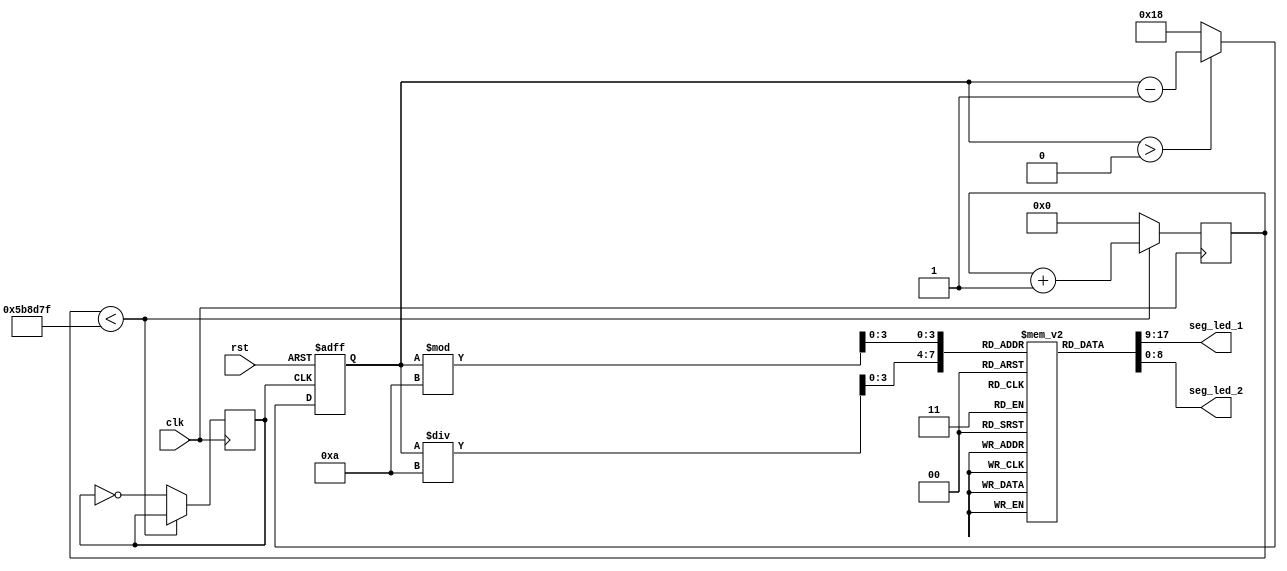
module counter_24(clk, rst, seg_led_1,seg_led_2);

input clk, rst;

output [8:0] seg_led_1, seg_led_2;

reg [28:0] cnt1=0;
reg [4:0] stime = 5'd24;
reg [3:0] data1=4'b0010;
reg [3:0] data2=4'b0100;

reg clk_1hz=0;

always@(posedge clk)
	begin
		if(cnt1<5999999)
			cnt1<=cnt1+1'b1;
		else
		begin
			cnt1<=0;
			clk_1hz<=!clk_1hz;
		end
	end
	
	
always@(posedge clk_1hz or negedge rst)
	begin 
		if(!rst)
			stime<=5'd24;
		else if(stime>0)
			stime<=stime-1;
		else
			stime<=5'd24;
	end
	
	
   reg [8:0] seg [15:0];                                            //reg16*9169
 
       initial                                                         //regVerilogalwaysinitial
                                                                        //initialalways
	    begin
         seg[0] = 9'h3f;                                           //9'b00_0011_1111,DP70
	      seg[1] = 9'h06;                                           //7  1
	      seg[2] = 9'h5b;                                           //7  2
	      seg[3] = 9'h4f;                                           //7  3
	      seg[4] = 9'h66;                                           //7  4
	      seg[5] = 9'h6d;                                           //7  5
	      seg[6] = 9'h7d;                                           //7  6
	      seg[7] = 9'h07;                                           //7  7
	      seg[8] = 9'h7f;                                           //7  8
	      seg[9] = 9'h6f;                                           //7  9
			seg[10] = 9'h77;                                          //7  a	
			seg[11] = 9'h7c;                                          //7  b
			seg[12] = 9'h39;                                          //7  c
			seg[13] = 9'h5e;                                          //7  d
			seg[14] = 9'h79;                                          //7  e
			seg[15] = 9'h71;                                          //7  f
       end
		 
always@(*)
begin
	data1<=stime/10;
	data2<=stime%10;
end
		 
	assign seg_led_1 = seg[data1];
	assign seg_led_2 = seg[data2];
	
endmodule